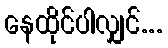
နေထိုင်ပါလျှင်...